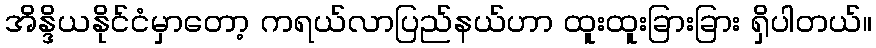
အိန္ဒိယနိုင်ငံမှာတော့ ကရယ်လာပြည်နယ်ဟာ ထူးထူးခြားခြား ရှိပါတယ်။